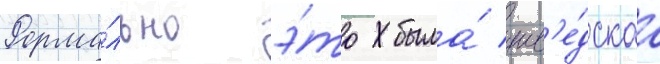
Форма́льно э́то была́ шв'е́дскаа